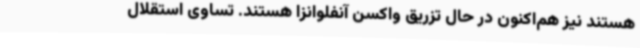
هستند نیز هم‌اکنون در حال تزریق واکسن آنفلوانزا هستند. تساوی استقلال